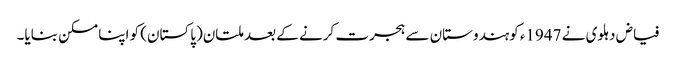
فیاض دہلوی نے 1947ء کوہندوستان سے ہجرت کرنے کے بعد ملتان(پاکستان) کو اپنا مسکن بنایا۔